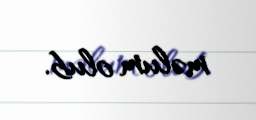
məlum olub.